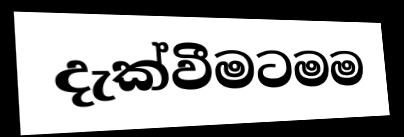
දැක්වීමටමම